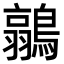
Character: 𮭐